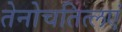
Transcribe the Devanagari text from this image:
तेनोचतित्लएं